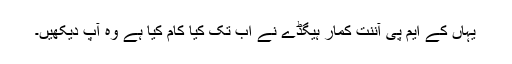
یہاں کے ایم پی آننت کمار ہیگڈے نے اب تک کیا کام کیا ہے وہ آپ دیکھیں۔